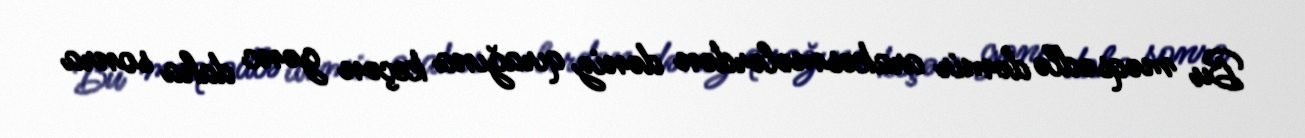
Bu məqsədlə dəmir arakəsmələrdən dəniz qırağına keçən gənc daha sonra